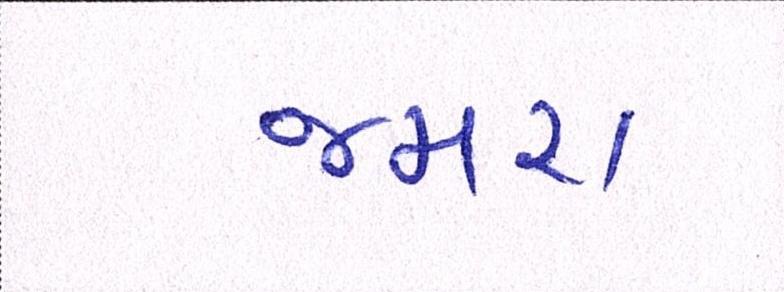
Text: જમરા